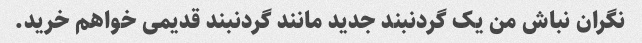
نگران نباش من یک گردنبند جدید مانند گردنبند قدیمی خواهم خرید.